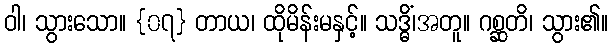
ဝါ၊ သွားသော။ {၀၇} တာယ၊ ထိုမိန်းမနှင့်။ သဒ္ဓိံ၊အတူ။ ဂစ္ဆတိ၊ သွား၏။